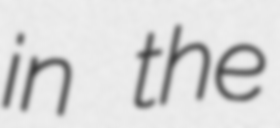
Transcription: in the